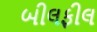
બીલફીલ